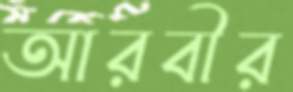
আরবীর